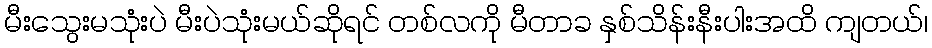
မီးသွေးမသုံးပဲ မီးပဲသုံးမယ်ဆိုရင် တစ်လကို မီတာခ နှစ်သိန်းနီးပါးအထိ ကျတယ်၊